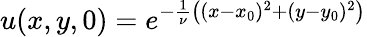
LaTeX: u(x,y,0)=e^{-\frac{1}{\nu}\big((x-x_{0})^{2}+(y-y_{0})^{2}\big)}